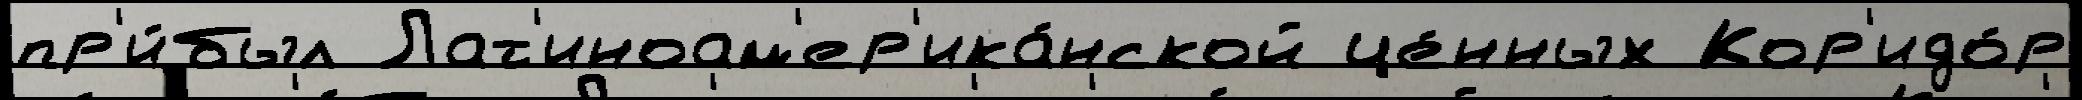
пр'и́был Лат'иноам'ер'ика́нской це́нных Кор'идо́р